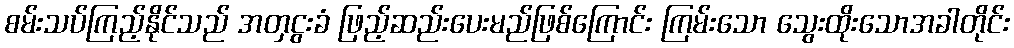
စမ်းသပ်ကြည့်နိုင်သည် အတှငွးခံ ဖြည့်ဆည်းပေးမည်ဖြစ်ကြောင်း ကြမ်းသော သွေးထိုးသောအခါတိုင်း